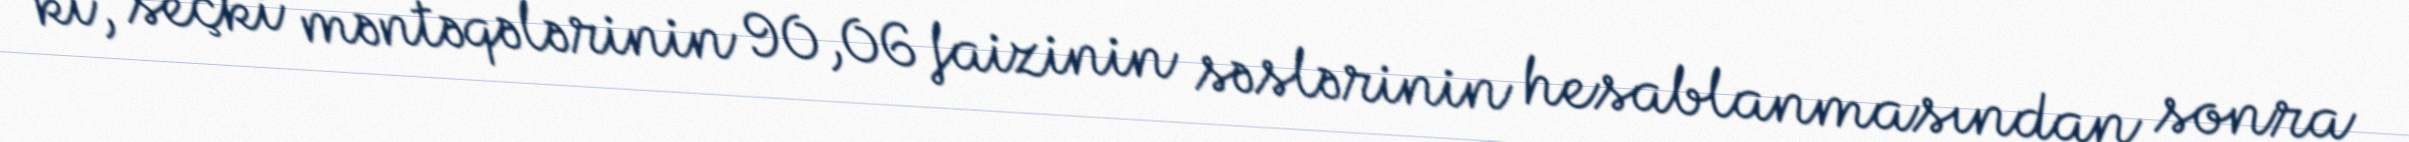
ki, seçki məntəqələrinin 90,06 faizinin səslərinin hesablanmasından sonra